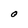
Character: O